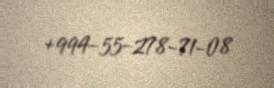
+994-55-278-71-08